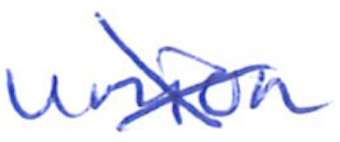
Text: union
Cross-out: cross
Writing tool: ballpoint